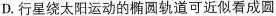
D.行星绕太阳运动的椭圆轨道可近似看成圆